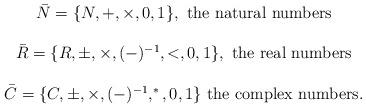
LaTeX: \begin{align*}\begin{array}{c}\bar{N}= \{N,+,\times,0,1\},\mbox{ the natural numbers}\\\\\bar{R}=\{R,\pm,\times,(-)^{-1},<,0,1\}, \mbox{ the real numbers}\\\\\bar{C}=\{C,\pm,\times,(-)^{-1},^{*},0,1\}\mbox{ the complex numbers}.\end{array}\end{align*}